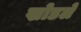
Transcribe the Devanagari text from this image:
खोडले